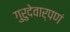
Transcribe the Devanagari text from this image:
गुरुदेवार्पणं